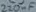
Text: 220nF